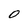
Character: 0